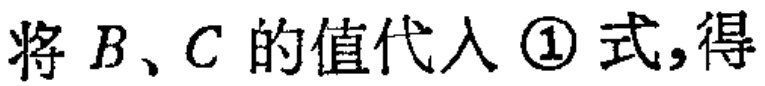
将 \(B、C\) 的值代入 \textcircled{1} 式,得